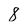
Character: 8